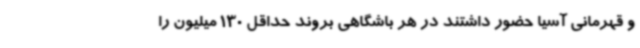
و قهرمانی آسیا حضور داشتند در هر باشگاهی بروند حداقل 130 میلیون را